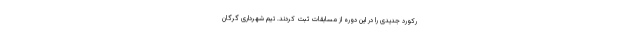
رکورد جدیدی را در این دوره از مسابقات ثبت کردند. تیم شهرداری گرگان